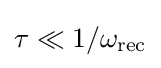
\tau \ll 1/\omega _{\text{rec}}